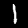
Digit: 1